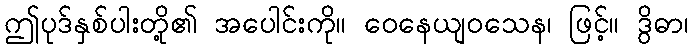
ဤပုဒ်နှစ်ပါးတို့၏ အပေါင်းကို။ ဝေနေယျဝသေန၊ ဖြင့်။ ဒွိဓာ၊